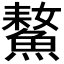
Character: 𩹚